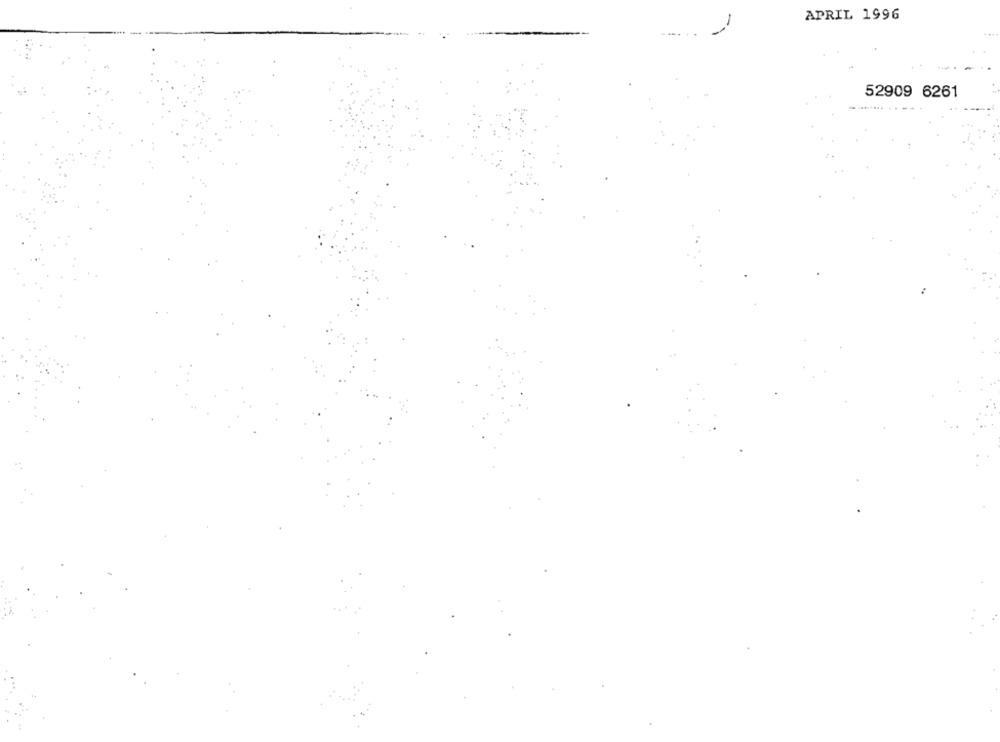
APRIL 1996
52909 6261